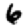
Digit: 6